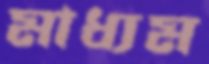
মাধ্যম